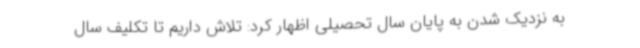
به نزدیک شدن به پایان سال تحصیلی اظهار کرد: تلاش داریم تا تکلیف سال